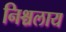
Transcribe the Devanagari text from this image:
निश्चलाय